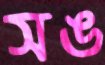
সঙ